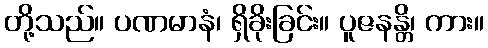
တို့သည်။ ပဏမာနံ၊ ရှိခိုးခြင်း။ ပူဇနန္တိ၊ ကား။